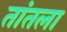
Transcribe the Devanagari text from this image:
तांतला